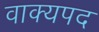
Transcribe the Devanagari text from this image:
वाक्यपद